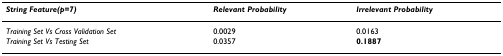
<table><thead><tr><td><b><i>String Feature(p=7)</i></b></td><td><b><i>Relevant Probability</i></b></td><td><b><i>Irrelevant Probability</i></b></td></tr></thead><tbody><tr><td><i>Training Set Vs Cross Validation Set</i></td><td>0.0029</td><td>0.0163</td></tr><tr><td><i>Training Set Vs Testing Set</i></td><td>0.0357</td><td><b>0.1887</b></td></tr></tbody></table>